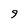
Character: 9